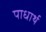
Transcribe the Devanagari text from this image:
पाधार्थ